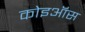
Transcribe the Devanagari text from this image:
कोइऑस